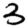
Digit: 3